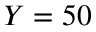
Y = 5 0